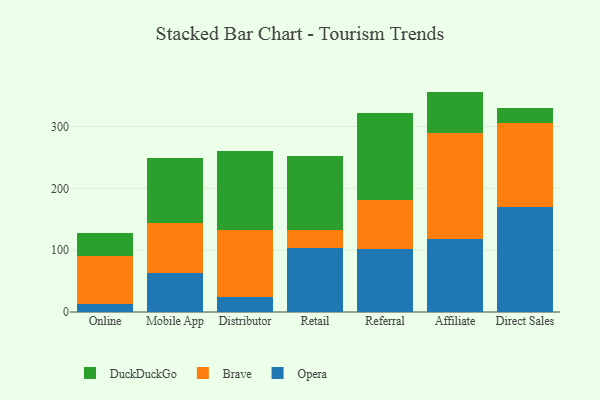
{"axis": {"x": "Channel", "y": "Headcount"}, "legend": ["Brave", "DuckDuckGo", "Opera"], "data": [{"x": "Online", "y": 13.7, "type": "Opera"}, {"x": "Online", "y": 77.0, "type": "Brave"}, {"x": "Online", "y": 37.8, "type": "DuckDuckGo"}, {"x": "Mobile App", "y": 63.0, "type": "Opera"}, {"x": "Mobile App", "y": 81.3, "type": "Brave"}, {"x": "Mobile App", "y": 104.0, "type": "DuckDuckGo"}, {"x": "Distributor", "y": 24.3, "type": "Opera"}, {"x": "Distributor", "y": 107.9, "type": "Brave"}, {"x": "Distributor", "y": 128.9, "type": "DuckDuckGo"}, {"x": "Retail", "y": 103.6, "type": "Opera"}, {"x": "Retail", "y": 29.3, "type": "Brave"}, {"x": "Retail", "y": 119.1, "type": "DuckDuckGo"}, {"x": "Referral", "y": 101.8, "type": "Opera"}, {"x": "Referral", "y": 79.9, "type": "Brave"}, {"x": "Referral", "y": 139.9, "type": "DuckDuckGo"}, {"x": "Affiliate", "y": 118.7, "type": "Opera"}, {"x": "Affiliate", "y": 171.5, "type": "Brave"}, {"x": "Affiliate", "y": 66.2, "type": "DuckDuckGo"}, {"x": "Direct Sales", "y": 170.5, "type": "Opera"}, {"x": "Direct Sales", "y": 135.0, "type": "Brave"}, {"x": "Direct Sales", "y": 23.6, "type": "DuckDuckGo"}]}